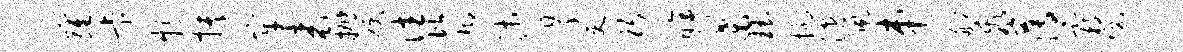
萝卡特抉牢表抛硬往偕瑚沛翠吏躬眸桑珏抗漶佩串船乖薄霸悦